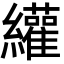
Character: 䌯